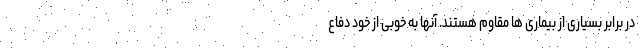
در برابر بسیاری از بیماری ها مقاوم هستند. آنها به خوبی از خود دفاع